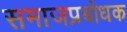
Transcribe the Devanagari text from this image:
समाजप्रबोधक